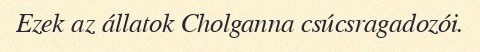
Ezek az állatok Cholganna csúcsragadozói.